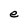
Character: e